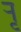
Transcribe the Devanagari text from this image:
र्‍ाृ